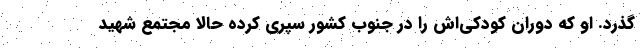
‌گذرد. او که دوران کودکی‌اش را در جنوب کشور سپری کرده حالا مجتمع شهید